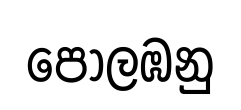
පොලඹනු